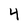
Character: 4